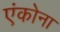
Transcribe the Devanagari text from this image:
एंकोना